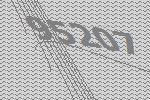
95207